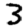
Digit: 3